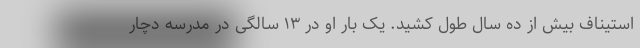
استیناف بیش از ده سال طول کشید. یک بار او در ۱۳ سالگی در مدرسه دچار